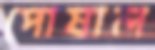
পোষাল